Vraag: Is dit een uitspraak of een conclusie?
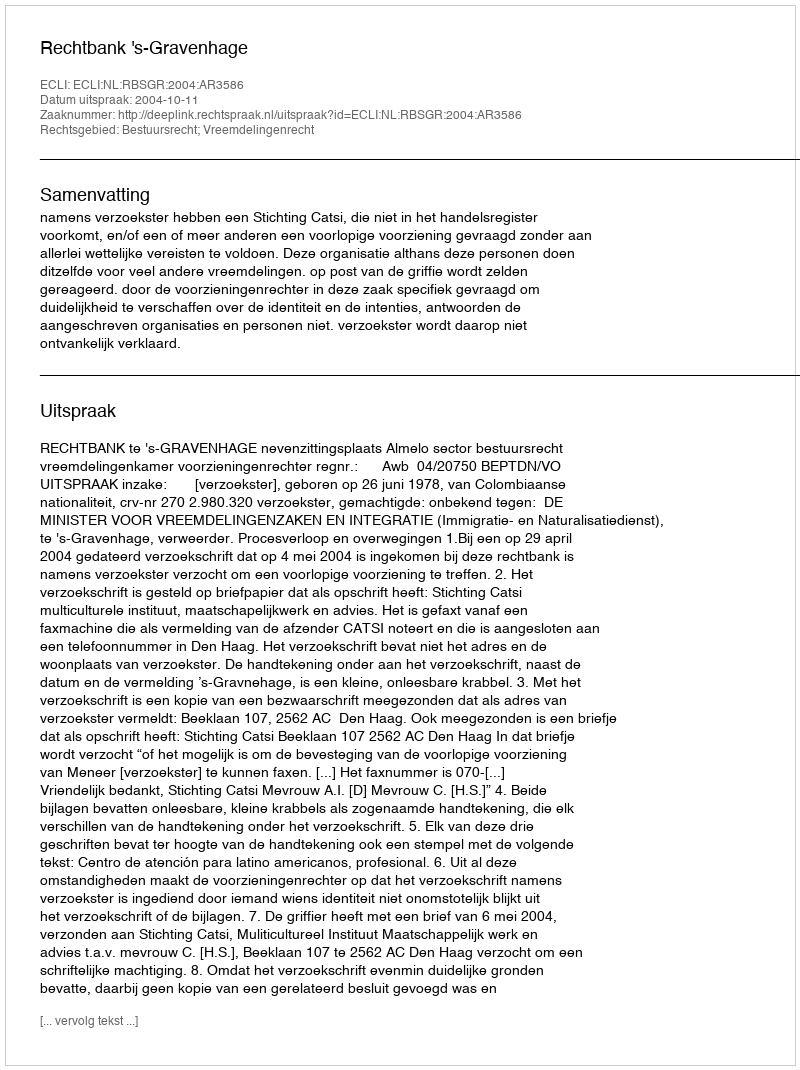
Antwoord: Uitspraak